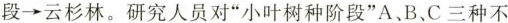
段\rightarrow 云杉林。研究人员对”小叶树种阶段”A、B、C三种不